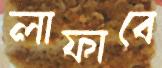
লাফাবে